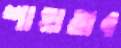
শাহাতাব